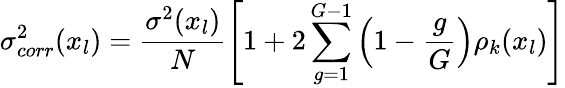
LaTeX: \sigma_{corr}^{2}(x_{l})=\frac{\sigma^{2}(x_{l})}{N}\left[1+2\sum_{g=1}^{G-1}\left(1-\frac{g}{G}\right)\rho_{k}(x_{l})\right]